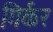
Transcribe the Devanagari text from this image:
गिर्कर